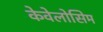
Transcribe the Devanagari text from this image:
केवेलोसिम